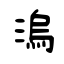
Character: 溩